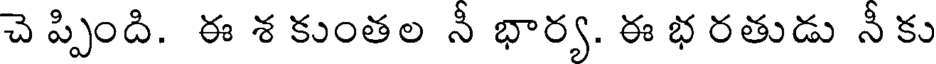
చె ప్పింది. ఈ శ కుంతల నీ భార్య. ఈ భ రతుడు నీ కు